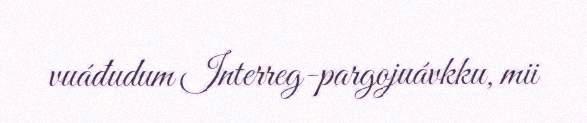
vuáđudum Interreg-pargojuávkku, mii